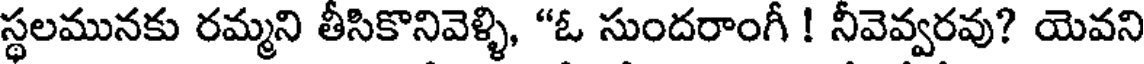
స్థలమునకు రమ్మని తీసికొనివెళ్ళి, "ఓ సుందరాంగీ ! నీవెవ్వరవు? యెవని